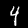
Label: 4